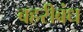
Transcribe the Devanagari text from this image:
बहरीबंध